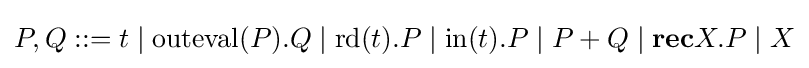
P,Q::=t\;|\;\mathrm {outeval} (P).Q\;|\;\mathrm {rd} (t).P\;|\;\mathrm {in} (t).P\;|\;P+Q\;|\;\mathbf {rec} X.P\;|\;X